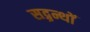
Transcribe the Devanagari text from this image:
सद्ग्रन्थों